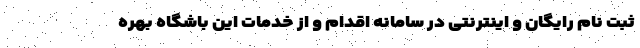
ثبت نام رایگان و اینترنتی در سامانه اقدام و از خدمات این باشگاه بهره